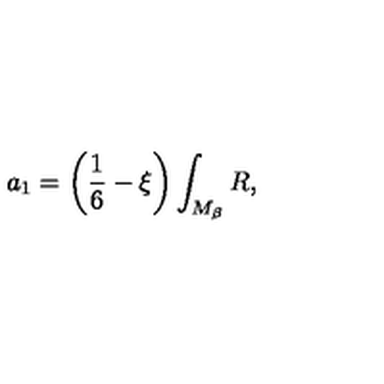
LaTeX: a _ { 1 } = \left( \frac 1 6 - \xi \right) \int _ { M _ { \beta } } R ,